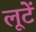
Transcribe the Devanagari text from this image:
लूटें